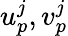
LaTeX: u_{p}^{j},v_{p}^{j}